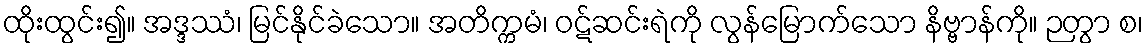
ထိုးထွင်း၍။ အဒ္ဒဿံ၊ မြင်နိုင်ခဲသော။ အတိက္ကမံ၊ ဝဋ်ဆင်းရဲကို လွန်မြောက်သော နိဗ္ဗာန်ကို။ ဉတွာ စ၊